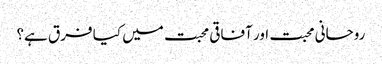
روحانی محبت اور آفاقی محبت میں کیا فرق ہے؟